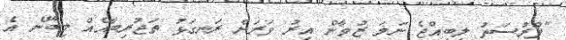
"ފުރުސަތު ލިބިއްޖެ ނަމަ ޒުވާން އިރު ވަރަށް ރަނގަޅު ތަޖުރިބާއެއް ލިބޭނެ އެ